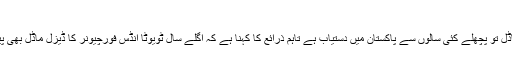
ٹویوٹا فورچیونر ڈیزل
گو کہ فورچیونر کا پیٹرول ماڈل تو پچھلے کئی سالوں سے پاکستان میں دستیاب ہے تاہم ذرائع کا کہنا ہے کہ اگلے سال ٹویوٹا انڈس فورچیونر کا ڈیزل ماڈل بھی پیش کرنے کا ارادہ رکھتا ہے۔